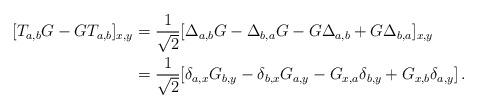
LaTeX: \begin{align*} [T_{a,b} G - G T_{a,b}]_{x,y} & = \frac{1}{\sqrt 2} [ \Delta_{a,b} G - \Delta_{b,a} G - G \Delta_{a,b} + G \Delta_{b,a} ]_{x,y}\\ & = \frac{1}{\sqrt{2}} [ \delta_{a,x} G_{b,y} - \delta_{b,x} G_{a,y} - G_{x,a} \delta_{b,y} + G_{x,b} \delta_{a,y}] \, .\end{align*}